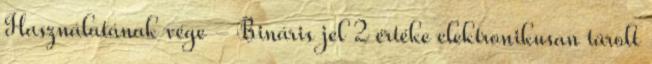
Használatának vége - Bináris jel 2 értéke elektronikusan tárolt